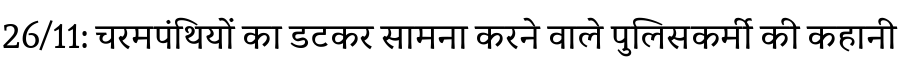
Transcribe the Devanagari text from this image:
26/11: चरमपंथियों का डटकर सामना करने वाले पुलिसकर्मी की कहानी